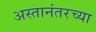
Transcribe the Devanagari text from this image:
अस्तानंतरच्या